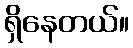
ရှိနေတယ်။